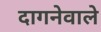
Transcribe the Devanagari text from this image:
दागनेवाले